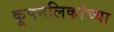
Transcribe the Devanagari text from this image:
कूपनलिकांच्या